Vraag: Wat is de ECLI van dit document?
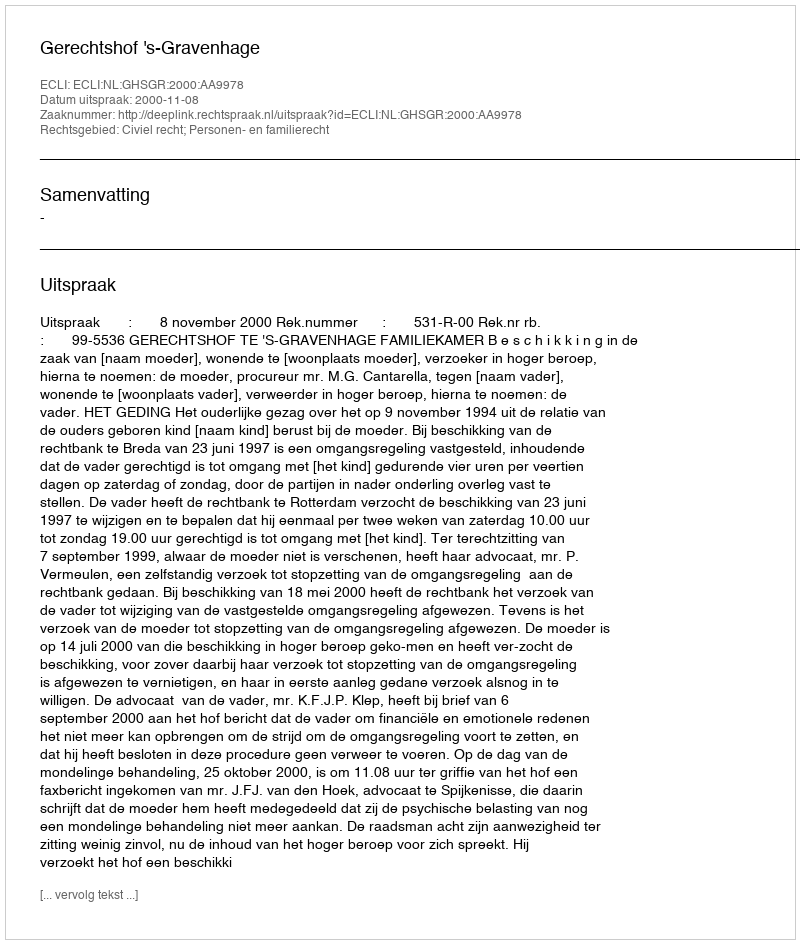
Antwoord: ECLI:NL:GHSGR:2000:AA9978